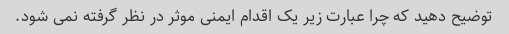
توضیح دهید که چرا عبارت زیر یک اقدام ایمنی موثر در نظر گرفته نمی شود.